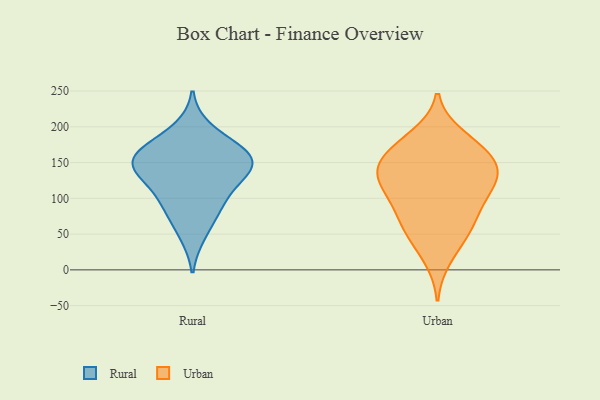
{"axis": {"x": "Production Output", "y": "Value"}, "legend": ["Rural", "Urban"], "data": [{"x": "", "y": 129, "type": "Rural"}, {"x": "", "y": 49, "type": "Rural"}, {"x": "", "y": 162, "type": "Rural"}, {"x": "", "y": 88, "type": "Rural"}, {"x": "", "y": 162, "type": "Rural"}, {"x": "", "y": 83, "type": "Rural"}, {"x": "", "y": 197, "type": "Rural"}, {"x": "", "y": 162, "type": "Rural"}, {"x": "", "y": 141, "type": "Rural"}, {"x": "", "y": 108, "type": "Rural"}, {"x": "", "y": 144, "type": "Rural"}, {"x": "", "y": 169, "type": "Rural"}, {"x": "", "y": 137, "type": "Rural"}, {"x": "", "y": 116, "type": "Urban"}, {"x": "", "y": 71, "type": "Urban"}, {"x": "", "y": 158, "type": "Urban"}, {"x": "", "y": 47, "type": "Urban"}, {"x": "", "y": 129, "type": "Urban"}, {"x": "", "y": 154, "type": "Urban"}, {"x": "", "y": 184, "type": "Urban"}, {"x": "", "y": 15, "type": "Urban"}, {"x": "", "y": 68, "type": "Urban"}, {"x": "", "y": 48, "type": "Urban"}, {"x": "", "y": 96, "type": "Urban"}, {"x": "", "y": 167, "type": "Urban"}, {"x": "", "y": 120, "type": "Urban"}, {"x": "", "y": 130, "type": "Urban"}, {"x": "", "y": 152, "type": "Urban"}, {"x": "", "y": 87, "type": "Urban"}, {"x": "", "y": 120, "type": "Urban"}, {"x": "", "y": 188, "type": "Urban"}, {"x": "", "y": 146, "type": "Urban"}]}